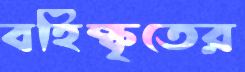
বহিষ্কৃতের